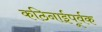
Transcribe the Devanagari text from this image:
कठिनाईपूर्वक